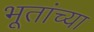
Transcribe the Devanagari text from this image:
भूतांच्या